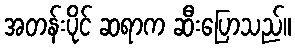
အတန်းပိုင် ဆရာက ဆီးပြောသည်။